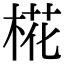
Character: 椛